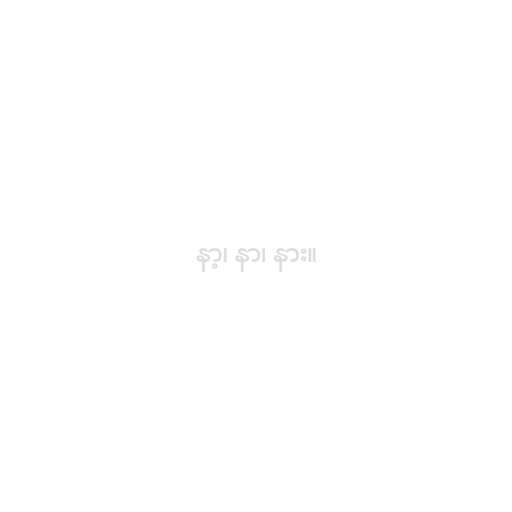
နာ့၊ နာ၊ နား။